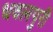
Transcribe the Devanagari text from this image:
धवलपुरी